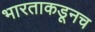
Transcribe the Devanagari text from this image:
भारताकडूनच